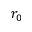
r _ { 0 }